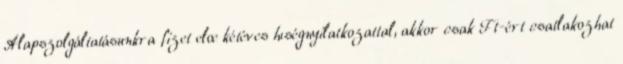
Alapszolgáltatásunkra fizet elœ kétéves hıségnyilatkozattal, akkor csak Ft-ért csatlakozhat